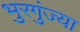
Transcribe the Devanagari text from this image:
भुरगुंज्या